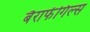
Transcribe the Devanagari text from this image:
बैराफेंगिल्स